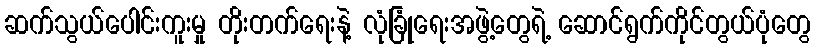
ဆက်သွယ်ပေါင်းကူးမှု တိုးတက်ရေးနဲ့ လုံခြုံရေးအဖွဲ့တွေရဲ့ ဆောင်ရွက်ကိုင်တွယ်ပုံတွေ